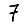
Digit: 7